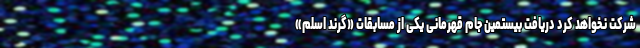
شرکت نخواهد کرد دریافت بیستمین جام قهرمانی یکی از مسابقات «گرند اسلم»